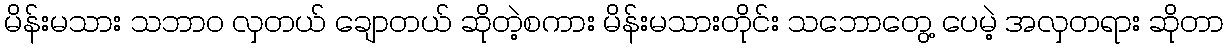
မိန်းမသား သဘာဝ လှတယ် ချောတယ် ဆိုတဲ့စကား မိန်းမသားတိုင်း သဘောတွေ့ ပေမဲ့ အလှတရား ဆိုတာ